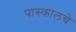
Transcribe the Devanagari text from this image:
पास्कालचे